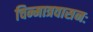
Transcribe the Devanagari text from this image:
चिन्मात्रवासनः